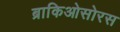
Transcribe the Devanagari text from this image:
ब्राकिओसोरस